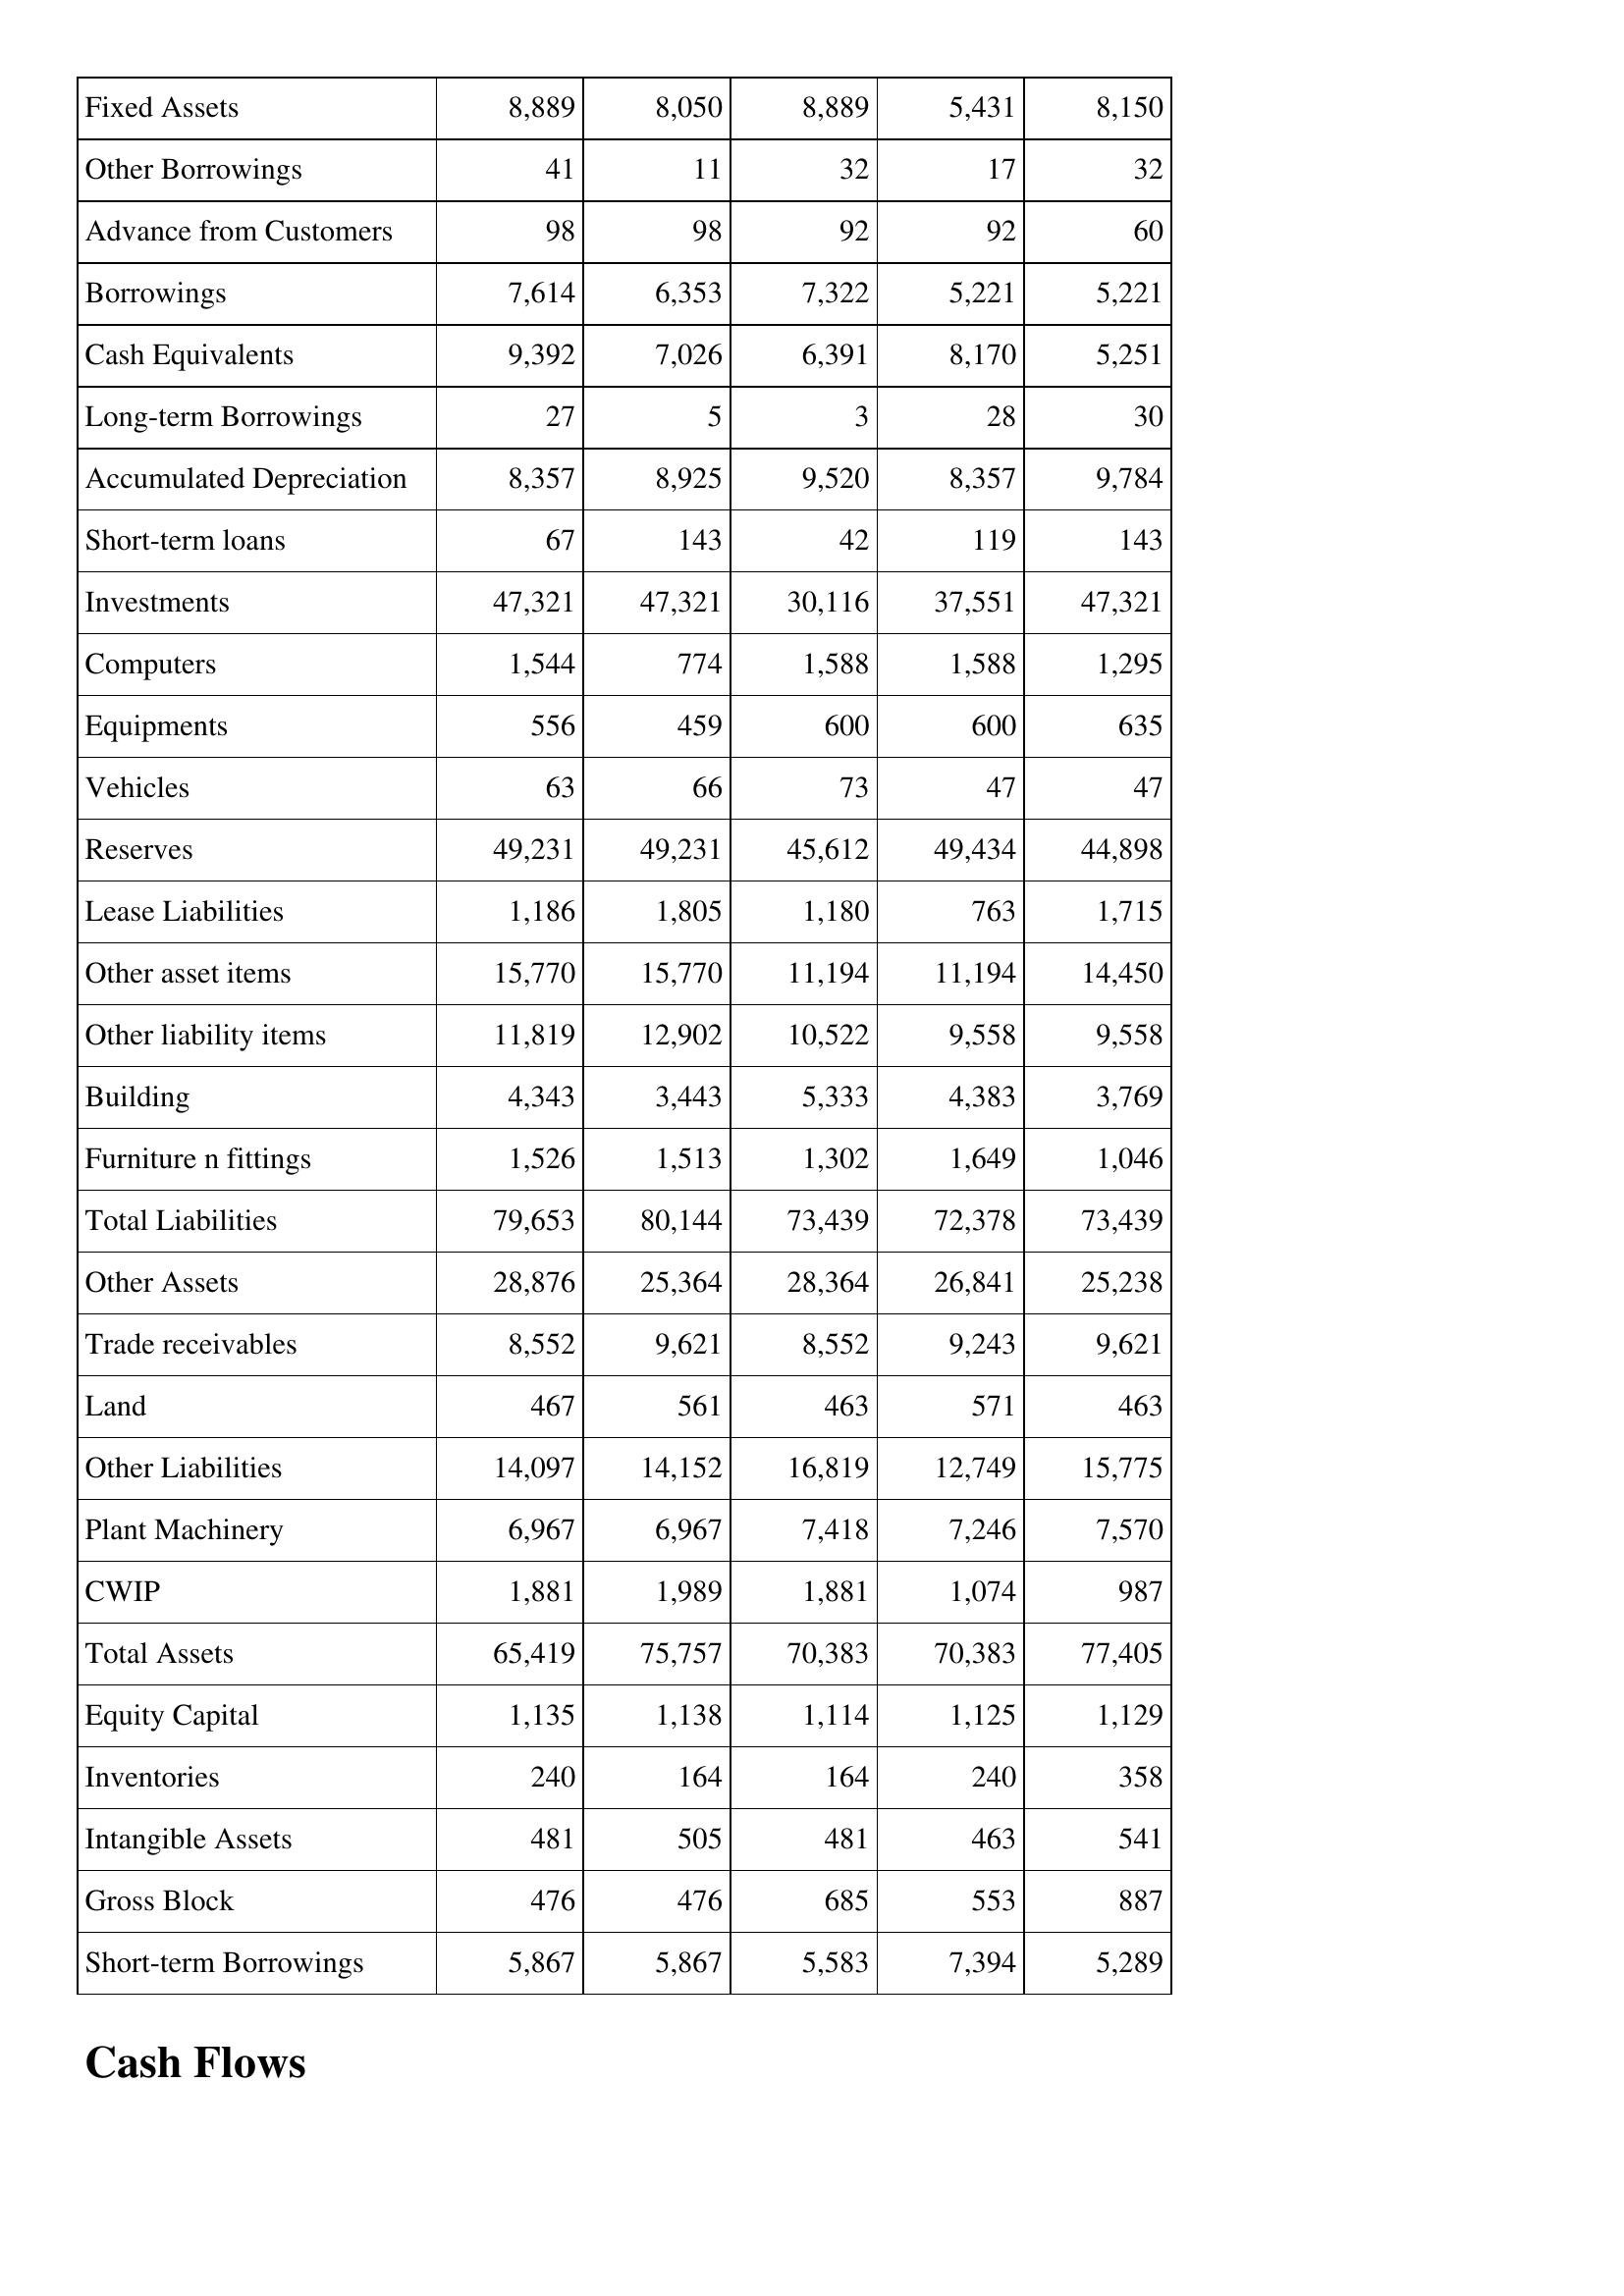
May-04: Balance Sheet: Fixed Assets: 8,889
Other Borrowings: 41
Advance from Customers: 98
Borrowings: 7,614
Cash Equivalents: 9,392
Long-term Borrowings: 27
Accumulated Depreciation: 8,357
Short-term loans: 67
Investments: 47,321
Computers: 1,544
Equipments: 556
Vehicles: 63
Reserves: 49,231
Lease Liabilities: 1,186
Other asset items: 15,770
Other liability items: 11,819
Building: 4,343
Furniture n fittings: 1,526
Total Liabilities: 79,653
Other Assets: 28,876
Trade receivables: 8,552
Land: 467
Other Liabilities: 14,097
Plant Machinery: 6,967
CWIP: 1,881
Total Assets: 65,419
Equity Capital: 1,135
Inventories: 240
Intangible Assets: 481
Gross Block: 476
Short-term Borrowings: 5,867
May-03: Balance Sheet: Fixed Assets: 8,050
Other Borrowings: 11
Advance from Customers: 98
Borrowings: 6,353
Cash Equivalents: 7,026
Long-term Borrowings: 5
Accumulated Depreciation: 8,925
Short-term loans: 143
Investments: 47,321
Computers: 774
Equipments: 459
Vehicles: 66
Reserves: 49,231
Lease Liabilities: 1,805
Other asset items: 15,770
Other liability items: 12,902
Building: 3,443
Furniture n fittings: 1,513
Total Liabilities: 80,144
Other Assets: 25,364
Trade receivables: 9,621
Land: 561
Other Liabilities: 14,152
Plant Machinery: 6,967
CWIP: 1,989
Total Assets: 75,757
Equity Capital: 1,138
Inventories: 164
Intangible Assets: 505
Gross Block: 476
Short-term Borrowings: 5,867
May-02: Balance Sheet: Fixed Assets: 8,889
Other Borrowings: 32
Advance from Customers: 92
Borrowings: 7,322
Cash Equivalents: 6,391
Long-term Borrowings: 3
Accumulated Depreciation: 9,520
Short-term loans: 42
Investments: 30,116
Computers: 1,588
Equipments: 600
Vehicles: 73
Reserves: 45,612
Lease Liabilities: 1,180
Other asset items: 11,194
Other liability items: 10,522
Building: 5,333
Furniture n fittings: 1,302
Total Liabilities: 73,439
Other Assets: 28,364
Trade receivables: 8,552
Land: 463
Other Liabilities: 16,819
Plant Machinery: 7,418
CWIP: 1,881
Total Assets: 70,383
Equity Capital: 1,114
Inventories: 164
Intangible Assets: 481
Gross Block: 685
Short-term Borrowings: 5,583
May-01: Balance Sheet: Fixed Assets: 5,431
Other Borrowings: 17
Advance from Customers: 92
Borrowings: 5,221
Cash Equivalents: 8,170
Long-term Borrowings: 28
Accumulated Depreciation: 8,357
Short-term loans: 119
Investments: 37,551
Computers: 1,588
Equipments: 600
Vehicles: 47
Reserves: 49,434
Lease Liabilities: 763
Other asset items: 11,194
Other liability items: 9,558
Building: 4,383
Furniture n fittings: 1,649
Total Liabilities: 72,378
Other Assets: 26,841
Trade receivables: 9,243
Land: 571
Other Liabilities: 12,749
Plant Machinery: 7,246
CWIP: 1,074
Total Assets: 70,383
Equity Capital: 1,125
Inventories: 240
Intangible Assets: 463
Gross Block: 553
Short-term Borrowings: 7,394
May-00: Balance Sheet: Fixed Assets: 8,150
Other Borrowings: 32
Advance from Customers: 60
Borrowings: 5,221
Cash Equivalents: 5,251
Long-term Borrowings: 30
Accumulated Depreciation: 9,784
Short-term loans: 143
Investments: 47,321
Computers: 1,295
Equipments: 635
Vehicles: 47
Reserves: 44,898
Lease Liabilities: 1,715
Other asset items: 14,450
Other liability items: 9,558
Building: 3,769
Furniture n fittings: 1,046
Total Liabilities: 73,439
Other Assets: 25,238
Trade receivables: 9,621
Land: 463
Other Liabilities: 15,775
Plant Machinery: 7,570
CWIP: 987
Total Assets: 77,405
Equity Capital: 1,129
Inventories: 358
Intangible Assets: 541
Gross Block: 887
Short-term Borrowings: 5,289